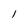
Character: l